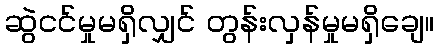
ဆွဲငင်မှုမရှိလျှင် တွန်းလှန်မှုမရှိချေ။